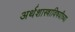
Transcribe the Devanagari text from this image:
अर्थशास्त्राविषयीच्या